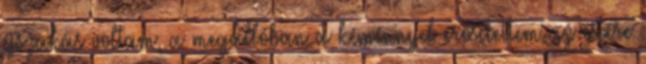
éjszakás voltam, a megállóban a kéménnyel erősítettem az estére